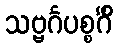
သဗ္ဗင်္ဂပစ္စင်္ဂိံ